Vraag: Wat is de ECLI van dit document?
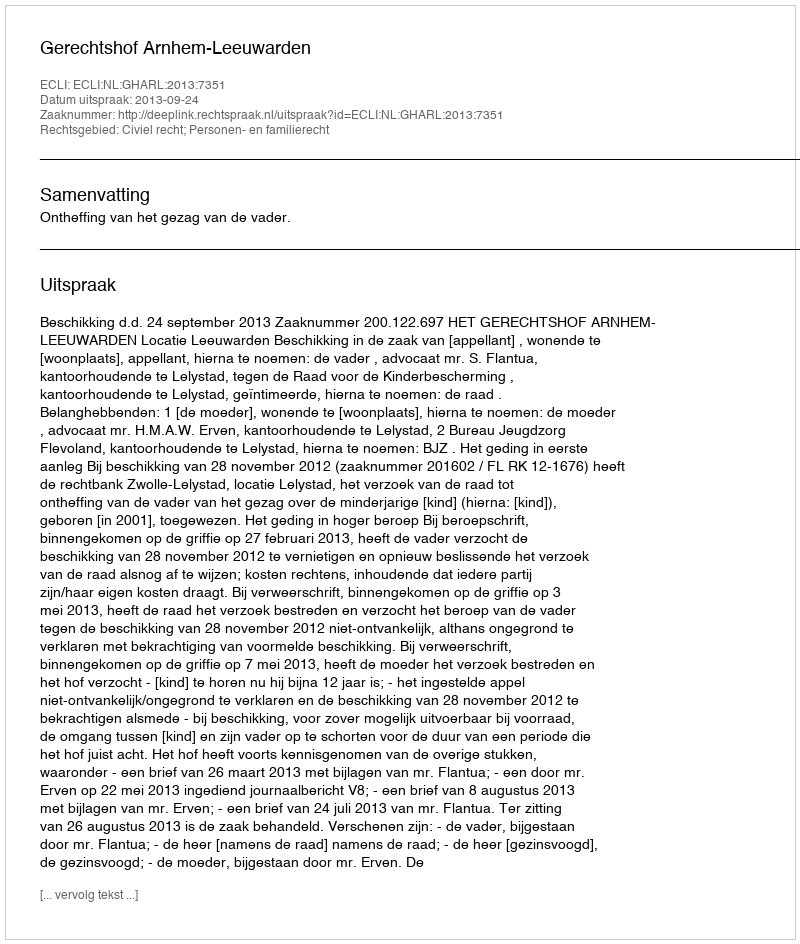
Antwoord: ECLI:NL:GHARL:2013:7351